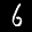
Digit: 6